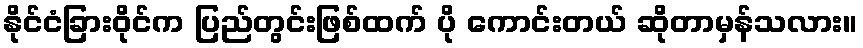
နိုင်ငံခြားဝိုင်က ပြည်တွင်းဖြစ်ထက် ပို ကောင်းတယ် ဆိုတာမှန်သလား။